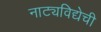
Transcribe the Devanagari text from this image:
नाट्यविद्येची